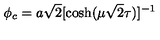
\phi _ { c } = a \sqrt 2 [ { \cosh ( \mu \sqrt 2 \tau ) } ] ^ { - 1 }